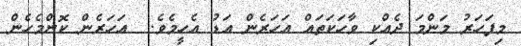
މިފަހަރު މަންމަ ދެއްކި ވާހަކަތައް އަހަރެން އަޑު އެހީމެވެ.  އަހަރެން ކޮންމެހެން